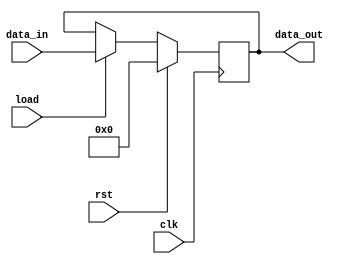
`timescale 1ns/1ps
module register(clk, rst, data_in, load,data_out);
input [15:0] data_in;
input rst, clk, load;
output reg [15:0] data_out;
always@(posedge clk)
begin
if(rst==1)
data_out<=0;
else if(load==1)
data_out<=data_in;
end
endmodule